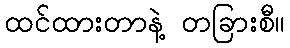
ထင်ထားတာနဲ့ တခြားစီ။